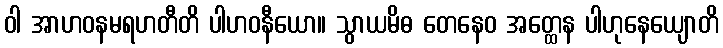
ဝါ အာဟဝနမရဟတီတိ ပါဟဝနီယော။ သွာယမိဓ တေနေဝ အတ္ထေန ပါဟုနေယျောတိ